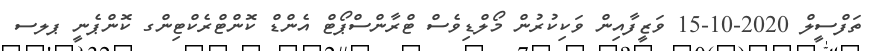
ތަފްސީލް 2020-10-15 ވަޒީފާއިން ވަކިކުރުން މޯލްޑިވެސް ޓްރާންސްޕޯޓް އެންޑް ކޮންޓްރެކްޓިންގ ކޮންޕެނީ ޕލސ